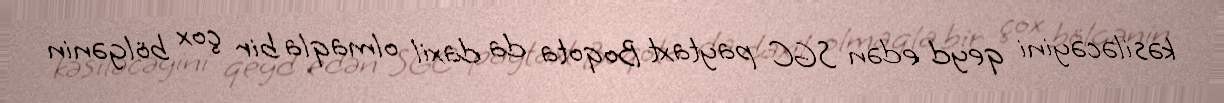
kəsiləcəyini qeyd edən SGC paytaxt Boqota da daxil olmaqla bir çox bölgənin